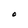
Character: O